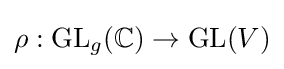
\rho :{\textrm {GL}}_{g}(\mathbb {C} )\rightarrow {\textrm {GL}}(V)